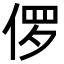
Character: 㑩